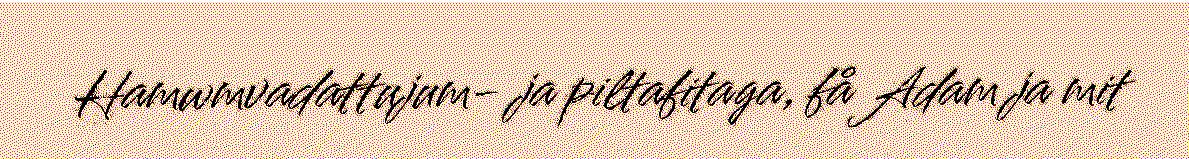
Hamwmvadattujum- ja piltafitaga, få Adam ja mit